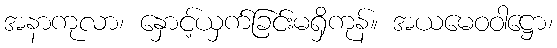
အနာကုလာ၊ နှောင့်ယှက်ခြင်းမရှိကုန်။ အယမေဝဝါဋ္ဌော၊